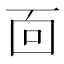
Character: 靣